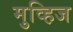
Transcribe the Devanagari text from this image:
मुव्हिज